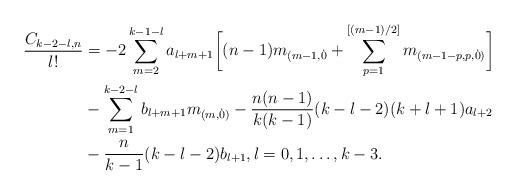
LaTeX: \begin{align*} \frac{C_{k-2-l,n}}{l!} &= - 2 \sum_{m=2}^{k-1-l} a_{l+m+1} \biggl[(n-1) m_{(m-1,\dot{0}} + \sum_{p=1}^{[(m-1)/2]} m_{(m-1-p,p,\dot{0})}\biggr] \\ &- \sum_{m=1}^{k-2-l} b_{l+m+1} m_{(m,\dot{0})} - \frac{n(n-1)}{k(k-1)} (k-l-2)(k+l+1) a_{l+2} \\ &- \frac{n}{k-1} (k-l-2) b_{l+1}, l=0, 1, \ldots, k-3. \end{align*}